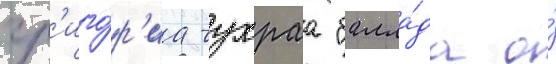
гр'иго́р'иа чухраа "балла́да о́